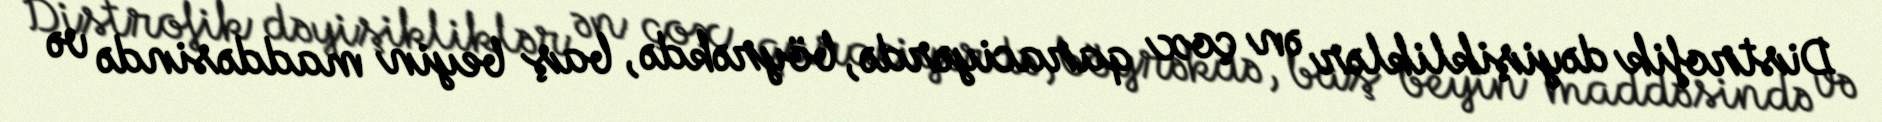
Distrofik dəyişikliklər ən çox qaraciyərdə, böyrəkdə, baş beyin maddəsində və